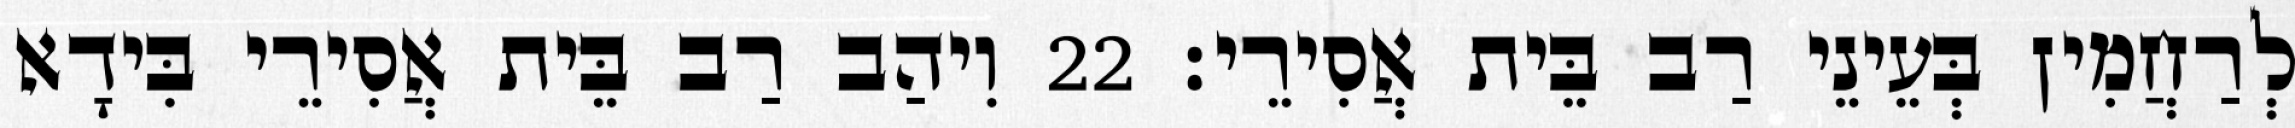
לְרַחֲמִין בְּעֵינֵי רַב בֵּית אֲסִירֵי׃ 22 וִיהַב רַב בֵּית אֲסִירֵי בִּידָא